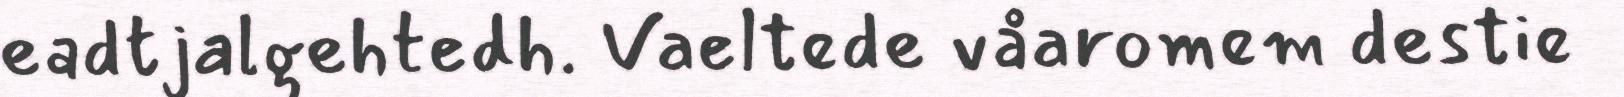
eadtjalgehtedh. Vaeltede våaromem destie